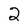
Character: 2